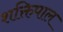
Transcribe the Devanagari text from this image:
शक्तिपाल